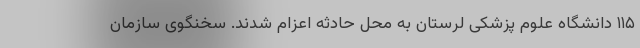
۱۱۵ دانشگاه علوم پزشکی لرستان به محل حادثه اعزام ‌شدند. سخنگوی سازمان